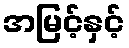
အမြင့်နှင့်